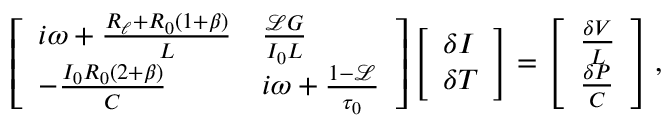
\left[ \begin{array} { l l } { i \omega + \frac { R _ { \ell } + R _ { 0 } ( 1 + \beta ) } { L } } & { \frac { \mathscr { L } G } { I _ { 0 } L } } \\ { - \frac { I _ { 0 } R _ { 0 } ( 2 + \beta ) } { C } } & { i \omega + \frac { 1 - \mathscr { L } } { \tau _ { 0 } } } \end{array} \right] \left[ \begin{array} { l } { \delta I } \\ { \delta T } \end{array} \right] = \left[ \begin{array} { l } { \frac { \delta V } { L } } \\ { \frac { \delta P } { C } } \end{array} \right] ,